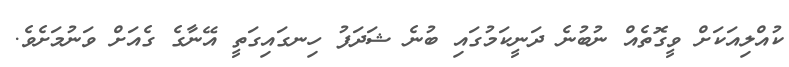
ކުއްލިއަކަށް ވީގޮތެއް ނުބުނެ ދަނީކަމުގައި ބުނެ ޝަދަފު ހިނގައިގަތީ އޭނާގެ ގެއަށް ވަނުމަށެވެ.